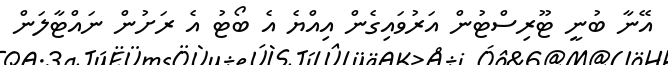
އޭނާ ބުނީ ޓޫރިސްޓުން އަރުވައިގެން އިއްޔެ އެ ބޯޓު އެ ރަށުން ނައްޓާލަން